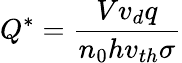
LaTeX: Q^{*}=\frac{Vv_{d}q}{n_{0}hv_{th}\sigma}